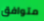
متوافق